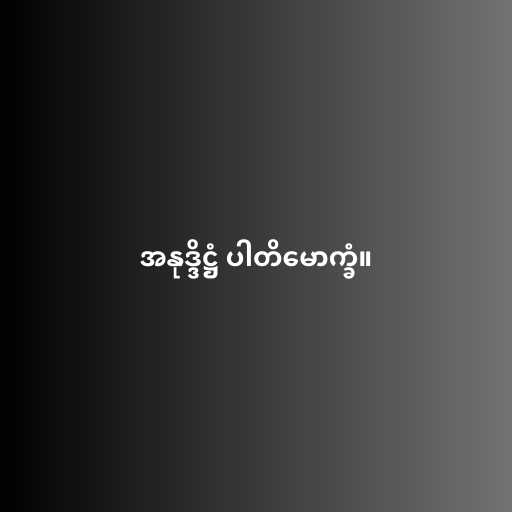
အနုဒ္ဒိဋ္ဌံ ပါတိမောက္ခံ။